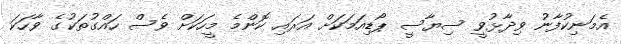
އެމަނިކުފާނު ވިދާޅުވީ ސިޔާސީ ޕޯޑިއަމަކަށް އަރައި ކޮންމެ މީހަކަށް ވެސް ހައްގުތަކުގެ ވާހަކަ